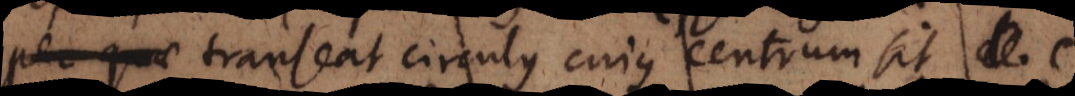
per quae transeat circulus cujus centrum sit d et